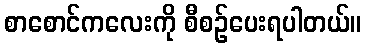
စာစောင်ကလေးကို စီစဉ်ပေးရပါတယ်။